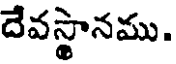
దేవస్థానము.